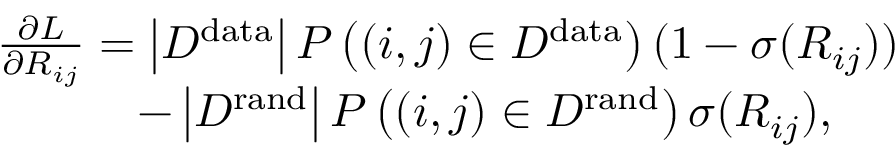
\begin{array} { r l } & { \frac { \partial { \cal L } } { \partial R _ { i j } } = \left| { \cal D } ^ { \mathrm { d a t a } } \right| P \left( ( i , j ) \in { \cal D } ^ { \mathrm { d a t a } } \right) ( 1 - \sigma ( R _ { i j } ) ) } \\ & { \quad \quad \quad - \left| { \cal D } ^ { \mathrm { r a n d } } \right| P \left( ( i , j ) \in { \cal D } ^ { \mathrm { r a n d } } \right) \sigma ( R _ { i j } ) , } \end{array}